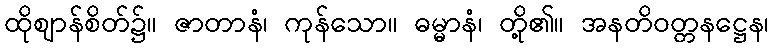
ထိုဈာန်စိတ်၌။ ဇာတာနံ၊ ကုန်သော။ ဓမ္မာနံ၊ တို့၏။ အနတိဝတ္တနဋ္ဌေန၊